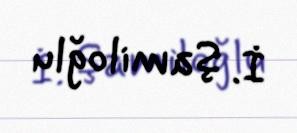
İ. Şamiloğlu